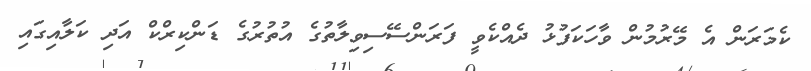
ކެމަރަން އެ މޭރުމުން ވާހަކަފުޅު ދެއްކެވީ ފަރަންސޭސިވިލާތުގެ އުތުރުގެ ޑަންކިރްކް އަދި ކަލާއިގައި